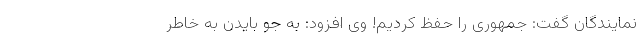
نمایندگان گفت: جمهوری را حفظ کردیم! وی افزود: به جو بایدن به خاطر